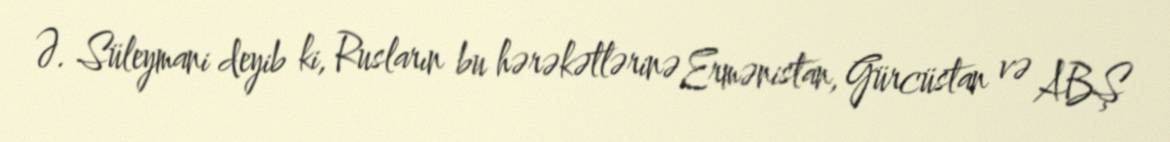
Ə. Süleymani deyib ki, Rusların bu hərəkətlərinə Ermənistan, Gürcüstan və ABŞ